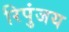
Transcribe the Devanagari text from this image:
रिपुंजय